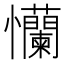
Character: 𢦂